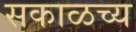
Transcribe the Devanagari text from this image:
सकाळच्य